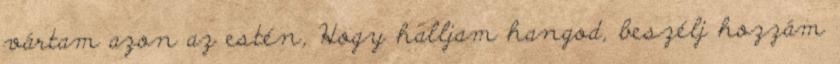
vártam azon az estén, Hogy halljam hangod, beszélj hozzám